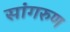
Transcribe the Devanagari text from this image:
सांगरुण